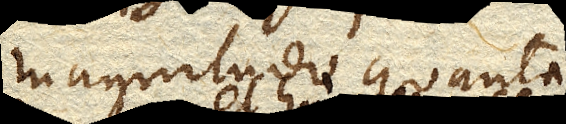
magnitudo quanta